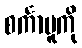
စင်္ကာပူကို